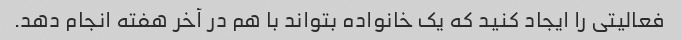
فعالیتی را ایجاد کنید که یک خانواده بتواند با هم در آخر هفته انجام دهد.